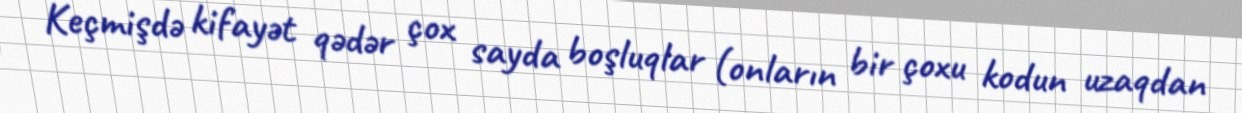
Keçmişdə kifayət qədər çox sayda boşluqlar (onların bir çoxu kodun uzaqdan